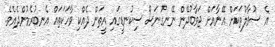
އެ ސުވާލުތަކަށް އޭނާއަށް ޖަވާބުދޭން ނޭނގުނަސް ސިކުނޑީގައި އީތަން ދެއްކި ވާހަކަތައް އެނބުރެމުންދެއެވެ.